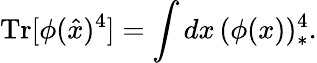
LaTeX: \mathrm{Tr}[\phi(\hat{x})^{4}]=\int dx\, (\phi(x))_{*}^{4}.